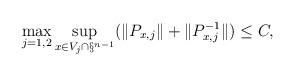
LaTeX: \begin{align*} \max_{j=1,2} \sup_{x \in V_j \cap \S^{n-1}}(\|P_{x,j}\| + \|P_{x,j}^{-1}\|) \le C,\end{align*}